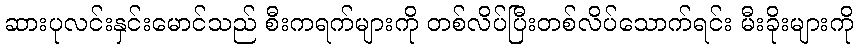
ဆားပုလင်းနှင်းမောင်သည် စီးကရက်များကို တစ်လိပ်ပြီးတစ်လိပ်သောက်ရင်း မီးခိုးများကို